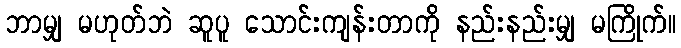
ဘာမျှ မဟုတ်ဘဲ ဆူပူ သောင်းကျန်းတာကို နည်းနည်းမျှ မကြိုက်။